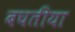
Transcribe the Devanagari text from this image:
बघतीया